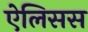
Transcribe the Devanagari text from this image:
ऐलिसस